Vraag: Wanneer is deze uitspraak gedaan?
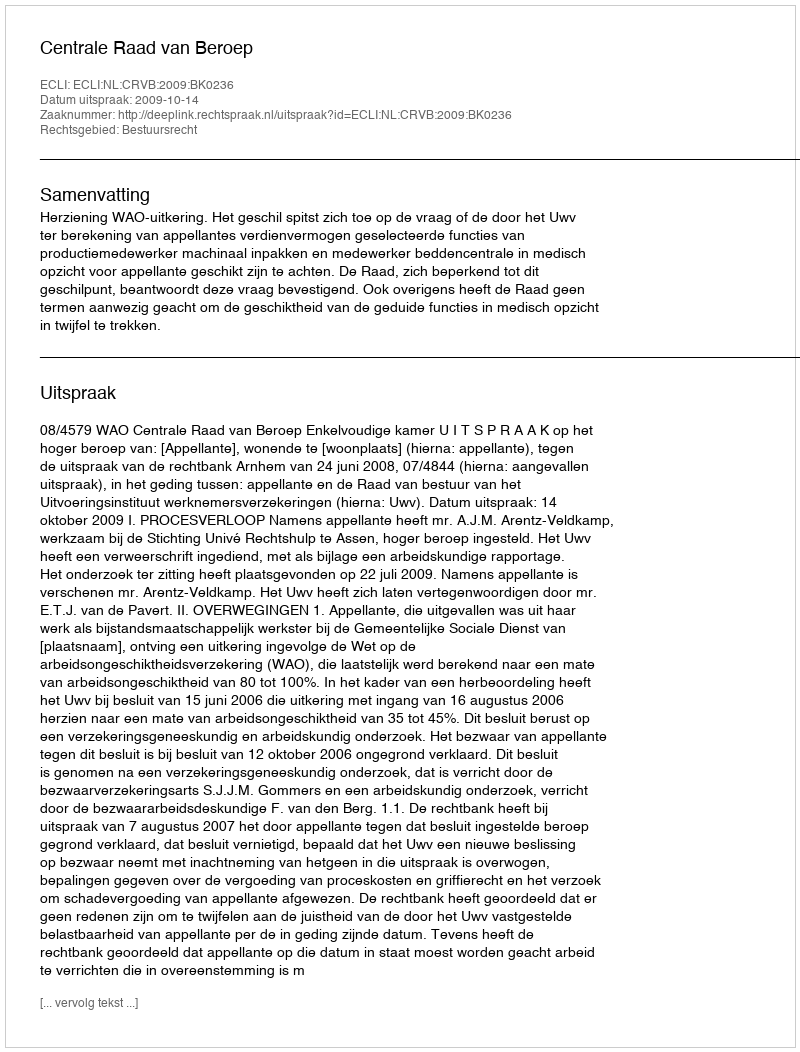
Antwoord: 2009-10-14